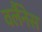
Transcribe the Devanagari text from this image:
वर्लैनेस